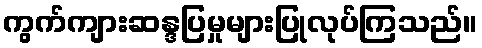
ကွက်ကျားဆန္ဒပြမှုများပြုလုပ်ကြသည်။